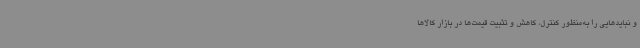
و نبایدهایی را به‌منظور کنترل، کاهش و تثبیت قیمت‌ها در بازار کالاها